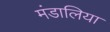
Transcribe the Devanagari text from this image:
मंडालिया